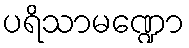
ပရိသာမဏ္ဍော